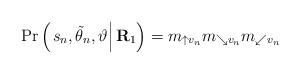
LaTeX: \begin{align*} \Pr\left( {\left. {{s_n},{{\tilde \theta }_n},\vartheta } \right|{{\bf{R}}_{\rm{1}}}} \right) = {m_{ \uparrow {v_n}}}{m_{ \searrow {v_n}}}{m_{ \swarrow {v_n}}} \end{align*}